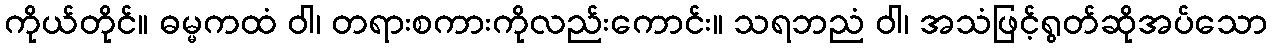
ကိုယ်တိုင်။ ဓမ္မကထံ ဝါ၊ တရားစကားကိုလည်းကောင်း။ သရဘညံ ဝါ၊ အသံဖြင့်ရွတ်ဆိုအပ်သော